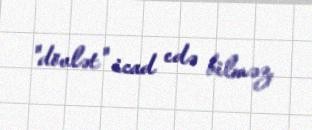
"dövlət" icad edə bilməz.